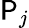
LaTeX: \mathsf{P}_{j}